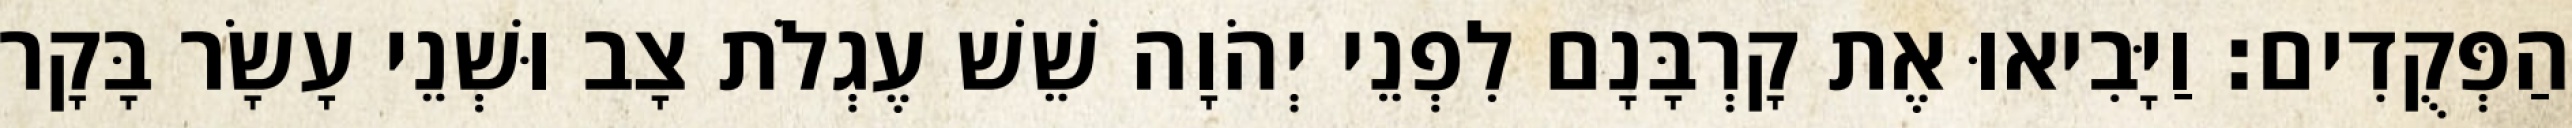
הַפְּקֻדִים׃ וַיָּבִיאוּ אֶת קָרְבָּנָם לִפְנֵי יְהֹוָה שֵׁשׁ עֶגְלֹת צָב וּשְׁנֵי עָשָׂר בָּקָר